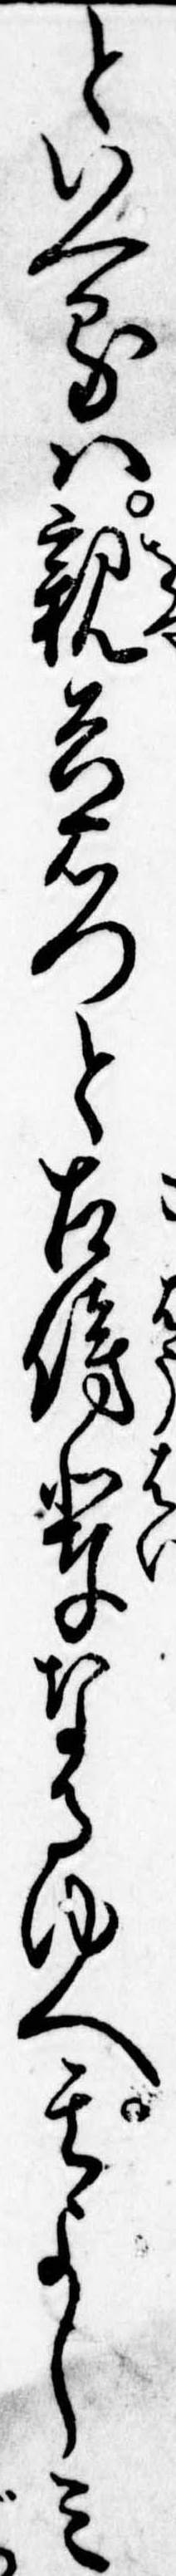
といへるは親兵右門と古傍輩なるゆへ其よしみ